Lunatic asylums Burma 1907-21 - 1907-1921
Year: 1907
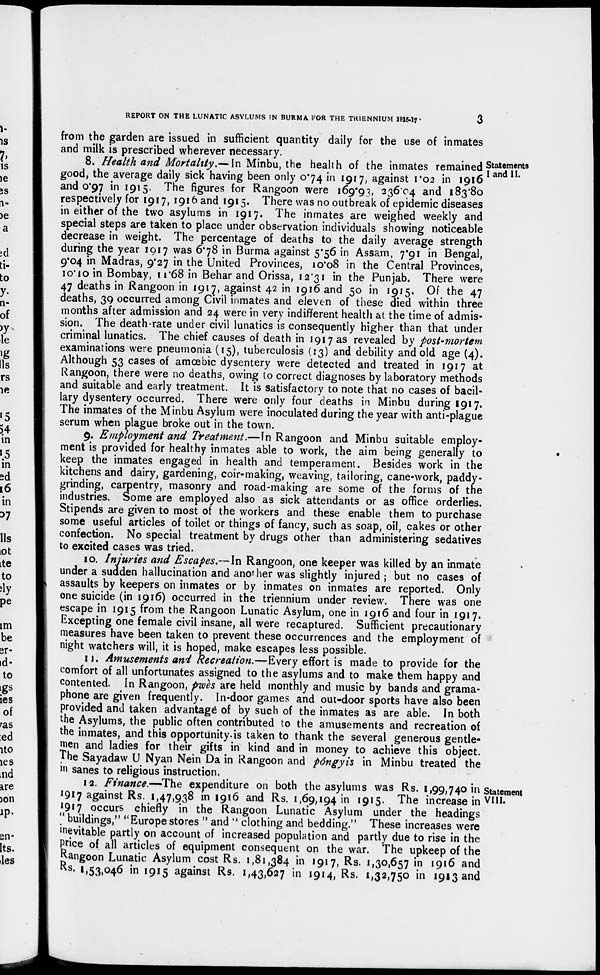
REPORT ON THE LUNATIC ASYLUMS IN BURMA FOR THE TRIENNIUM 1915-17.
3
from the garden are issued in sufficient quantity daily for the use of inmates
and milk is prescribed wherever necessary.
Statements
I and II.
8. Health and Mortality.— In Minbu, the health of the inmates remained
good, the average daily sick having been only 0.74 in 1917, against 1.02 in 1916
and 0.97 in 1915. The figures for Rangoon were 169.93, 236.04 and 183.80
respectively for 1917, 1916 and 1915. There was no outbreak of epidemic diseases
in either of the two asylums in 1917. The inmates are weighed weekly and
special steps are taken to place under observation individuals showing noticeable
decrease in weight. The percentage of deaths to the daily average strength
during the year 1917 was 6.78 in Burma against 5.56 in Assam, 7.91 in Bengal,
9.04 in Madras, 9.27 in the United Provinces, 10.08 in the Central Provinces,
10.10 in Bombay, 11.68 in Behar and Orissa, 12.31 in the Punjab. There were
47 deaths in Rangoon in 1917, against 42 in 1916 and 50 in 1915. Of the 47
deaths, 39 occurred among Civil inmates and eleven of these died within three
months after admission and 24 were in very indifferent health at the time of admis-
sion. The death-rate under civil lunatics is consequently higher than that under
criminal lunatics. The chief causes of death in 1917 as revealed by post-mortem
examinations were pneumonia (15), tuberculosis (13) and debility and old age (4).
Although 53 cases of amœbic dysentery were detected and treated in 1917 at
Rangoon, there were no deaths, owing to correct diagnoses by laboratory methods
and suitable and early treatment. It is satisfactory to note that no cases of bacil-
lary dysentery occurred. There were only four deaths in Minbu during 1917.
The inmates of the Minbu Asylum were inoculated during the year with anti-plague
serum when plague broke out in the town.
9. Employment and Treatment.—In Rangoon and Minbu suitable employ-
ment is provided for healthy inmates able to work, the aim being generally to
keep the inmates engaged in health and temperament. Besides work in the
kitchens and dairy, gardening, coir-making, weaving, tailoring, cane-work, paddy-
grinding, carpentry, masonry and road-making are some of the forms of the
industries. Some are employed also as sick attendants or as office orderlies.
Stipends are given to most of the workers and these enable them to purchase
some useful articles of toilet or things of fancy, such as soap, oil, cakes or other
confection. No special treatment by drugs other than administering sedatives
to excited cases was tried.
10. Injuries and Escapes.—In Rangoon, one keeper was killed by an inmate
under a sudden hallucination and another was slightly injured ; but no cases of
assaults by keepers on inmates or by inmates on inmates are reported. Only
one suicide (in 1916) occurred in the triennium under review. There was one
escape in 1915 from the Rangoon Lunatic Asylum, one in 1916 and four in 1917.
Excepting one female civil insane, all were recaptured. Sufficient precautionary
measures have been taken to prevent these occurrences and the employment of
night watchers will, it is hoped, make escapes less possible.
11. Amusements and Recreation.—Every effort is made to provide for the
comfort of all unfortunates assigned to the asylums and to make them happy and
contented. In Rangoon, pwès are held monthly and music by bands and grama-
phone are given frequently. In-door games and out-door sports have also been
provided and taken advantage of by such of the inmates as are able. In both
the Asylums, the public often contributed to the amusements and recreation of
the inmates, and this opportunity is taken to thank the several generous gentle-
men and ladies for their gifts in kind and in money to achieve this object.
The Sayadaw U Nyan Nein Da in Rangoon and pongyis in Minbu treated the
insanes to religious instruction.
Statement
VIII.
12. Finance.—The expenditure on both the asylums was Rs. 1,99,740 in
1917 against Rs. 1,47,938 in 1916 and Rs. 1,69,194 in 1915. The increase in
1917 occurs chiefly in the Rangoon Lunatic Asylum under the headings
" buildings," "Europe stores " and " clothing and bedding." These increases were
inevitable partly on account of increased population and partly due to rise in the
price of all articles of equipment consequent on the war. The upkeep of the
Rangoon Lunatic Asylum cost Rs. 1,81,384 in 1917, Rs. 1,30,657 in 1916 and
Rs. 1,53,046 in 1915 against Rs. 1,43,627 in 1914, Rs. 1,32,750 in 1913 and